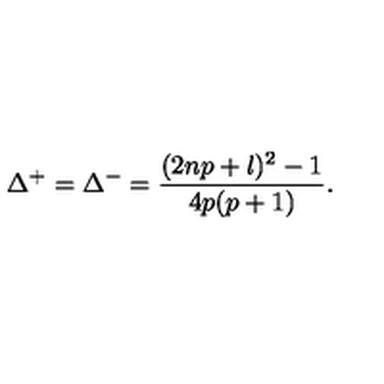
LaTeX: \Delta ^ { + } = \Delta ^ { - } = \displaystyle \frac { ( 2 n p + l ) ^ { 2 } - 1 } { 4 p ( p + 1 ) } .